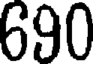
690